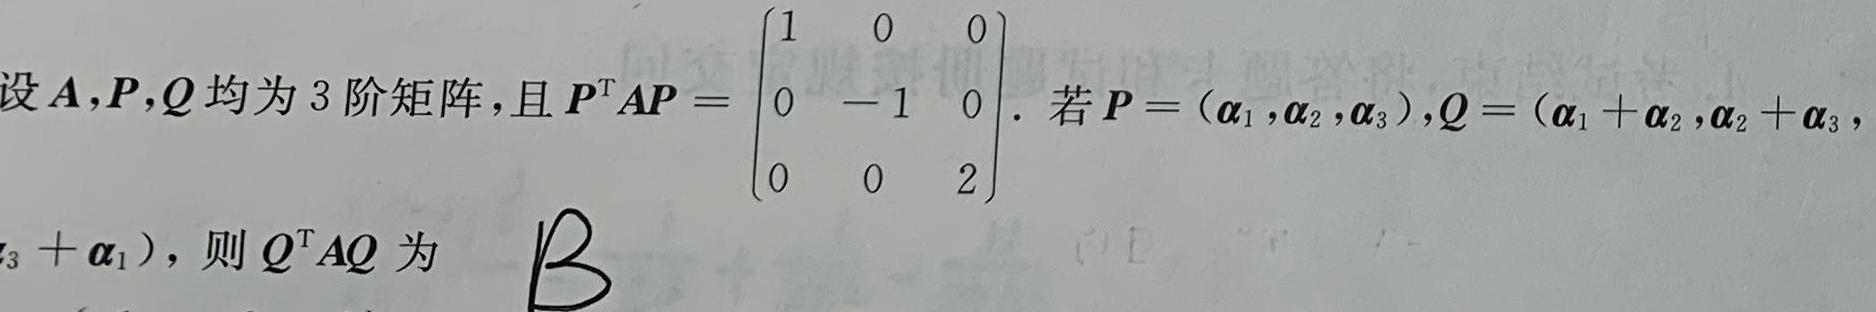
设$\boldsymbol{A},\boldsymbol{P},\boldsymbol{Q}$均为$3$阶矩阵，且$\boldsymbol{P}^{\mathrm{T}}\boldsymbol{A}\boldsymbol{P}=\begin{pmatrix}1&0&0\\0& - 1&0\\0&0&2\end{pmatrix}$. 若$\boldsymbol{P}=(\boldsymbol{\alpha}_{1},\boldsymbol{\alpha}_{2},\boldsymbol{\alpha}_{3}),\boldsymbol{Q}=(\boldsymbol{\alpha}_{1}+\boldsymbol{\alpha}_{2},\boldsymbol{\alpha}_{2}+\boldsymbol{\alpha}_{3},\boldsymbol{\alpha}_{3}+\boldsymbol{\alpha}_{1})$，则$\boldsymbol{Q}^{\mathrm{T}}\boldsymbol{A}\boldsymbol{Q}$为